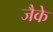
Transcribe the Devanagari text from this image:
जैके